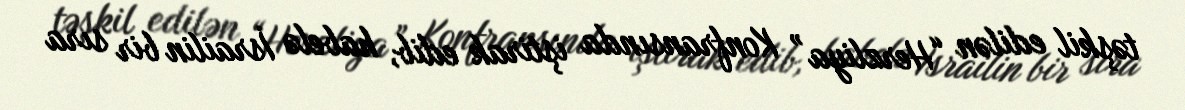
təşkil edilən “Herzliya” Konfransında iştirak edib, habelə İsrailin bir sıra